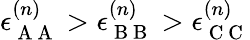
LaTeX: \epsilon_{\mathrm{~A~A~}}^{(n)}>\epsilon_{\mathrm{~B~B~}}^{(n)}>\epsilon_{\mathrm{~C~C~}}^{(n)}